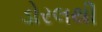
ડોરલથી